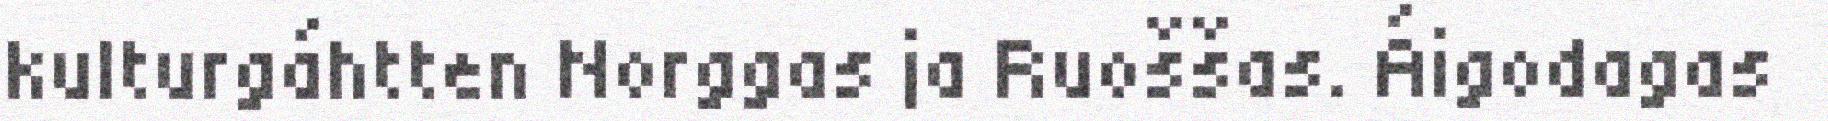
kulturgáhtten Norggas ja Ruoššas. Áigodagas